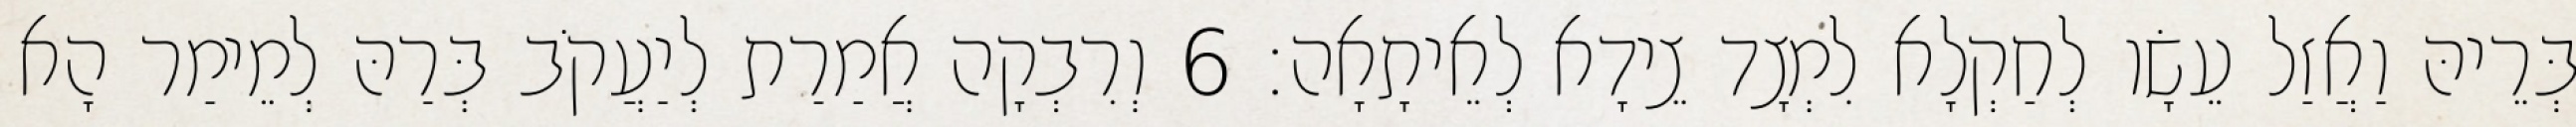
בְּרֵיהּ וַאֲזַל עֵשָׂו לְחַקְלָא לִמְצָד צֵידָא לְאֵיתָאָה׃ 6 וְרִבְקָה אֲמַרַת לְיַעֲקֹב בְּרַהּ לְמֵימַר הָא